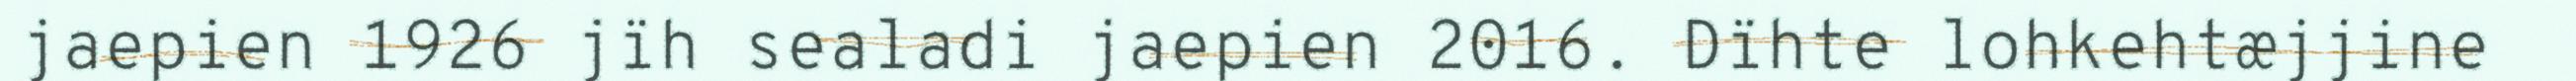
jaepien 1926 jïh sealadi jaepien 2016. Dïhte lohkehtæjjine